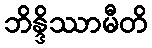
ဘိန္ဒိဿာမီတိ